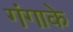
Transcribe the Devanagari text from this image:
गंगाके